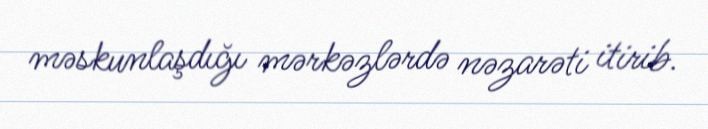
məskunlaşdığı mərkəzlərdə nəzarəti itirib.